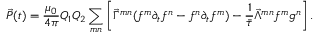
\vec { P } ( t ) = \frac { \mu _ { 0 } } { 4 \pi } Q _ { 1 } Q _ { 2 } \sum _ { m n } \left[ \vec { \Gamma } ^ { m n } ( f ^ { m } \partial _ { t } f ^ { n } - f ^ { n } \partial _ { t } f ^ { m } ) - \frac { 1 } { \bar { \tau } } \vec { \Lambda } ^ { m n } f ^ { m } g ^ { n } \right] .